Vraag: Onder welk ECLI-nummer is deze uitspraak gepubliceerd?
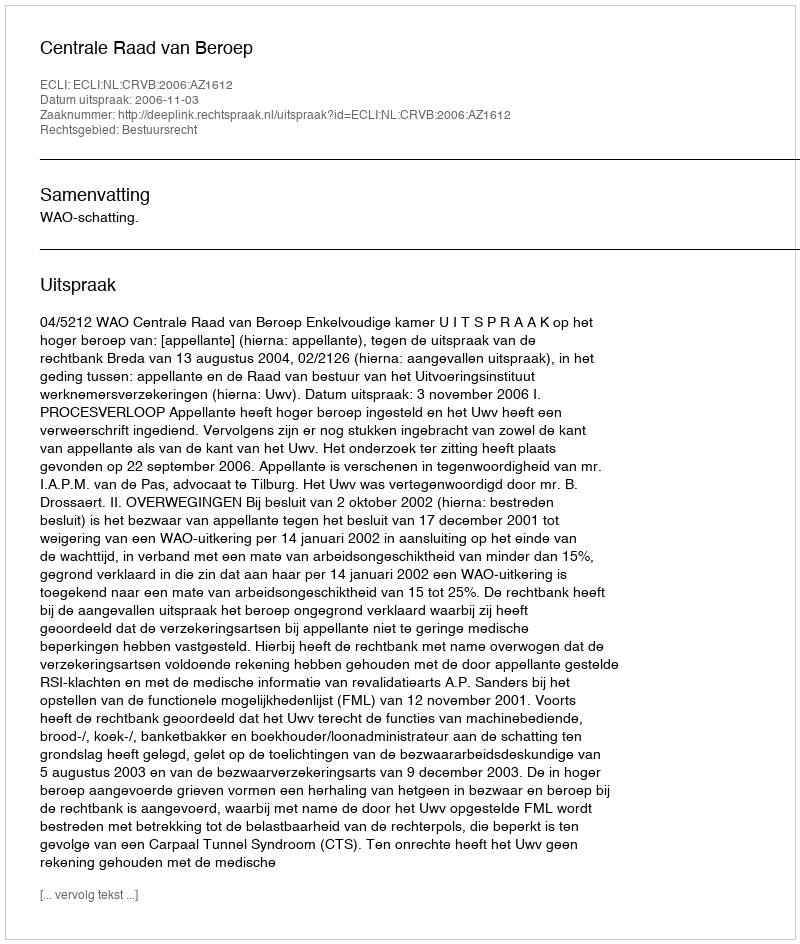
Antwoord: ECLI:NL:CRVB:2006:AZ1612